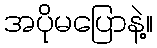
အပိုမပြောနဲ့။